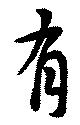
有